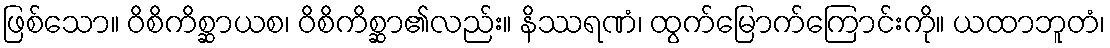
ဖြစ်သော။ ဝိစိကိစ္ဆာယစ၊ ဝိစိကိစ္ဆာ၏လည်း။ နိဿရဏံ၊ ထွက်မြောက်ကြောင်းကို။ ယထာဘူတံ၊